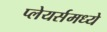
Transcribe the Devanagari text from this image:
प्लेयर्समध्ये